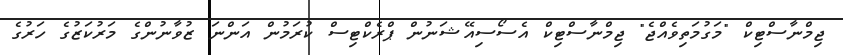
ޖިމްނާސްޓިކް "މަގުމަތިވެއްޖެ" ޖިމްނާސްޓިކް އެސޯސިއޭޝަނުން ޕްރެކްޓިސް ކުރަމުން އަންނަ ޒުވާނުންގެ މަރުކަޒުގެ ހަރުގެ